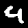
Digit: 4